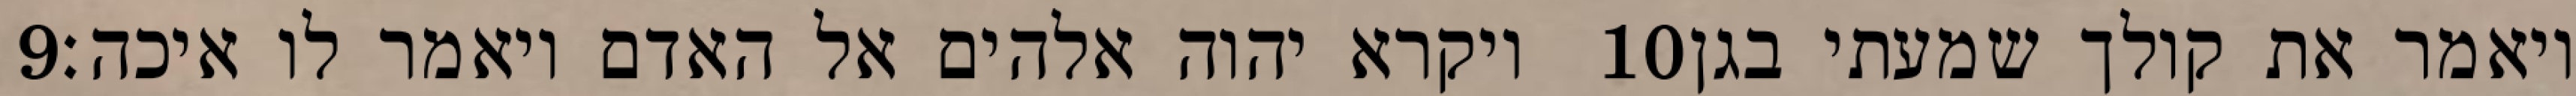
‎9‏ ויקרא יהוה אלהים אל האדם ויאמר לו איכה׃ ‎10‏ ויאמר את קולך שמעתי בגן